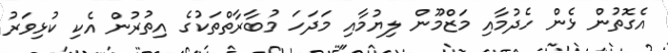
އެގޮތުން ޅެން ހެދުމާއި މަޒްމޫން ލިޔުމާއި މަދަހަ މުބާރާތްތަކުގެ އިތުރުން އެކި ކުޅިވަރު